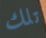
تلك